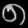
Digit: ၈